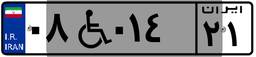
۶۳W۰۴۹۹۵